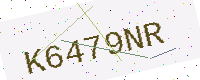
Text: K6479NR